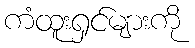
ကံထူးရှင်များကို